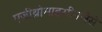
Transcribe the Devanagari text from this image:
एज़ीथ्रोमाइसीनजैसे